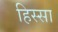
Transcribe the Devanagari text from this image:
हिस्सा